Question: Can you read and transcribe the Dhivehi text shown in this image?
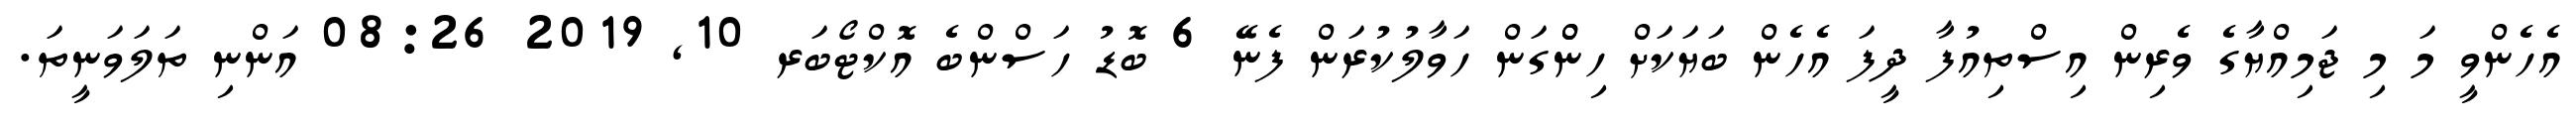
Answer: އެހެންވީ މަ މި ޖަމިއްޔާގެ ވެރިން އިސްތިއުފާ ދީފަ އެހެން ބަޔަކަށް ހިންްގަން ހަވާލުކުރަން ފެނޭ 6 ބޮޑު ހަސްންބެ އޮކްޓޯބަރ 10, 2019 08:26 އަންނި ތަލަވަނީތަ.